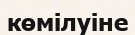
көмілуіне